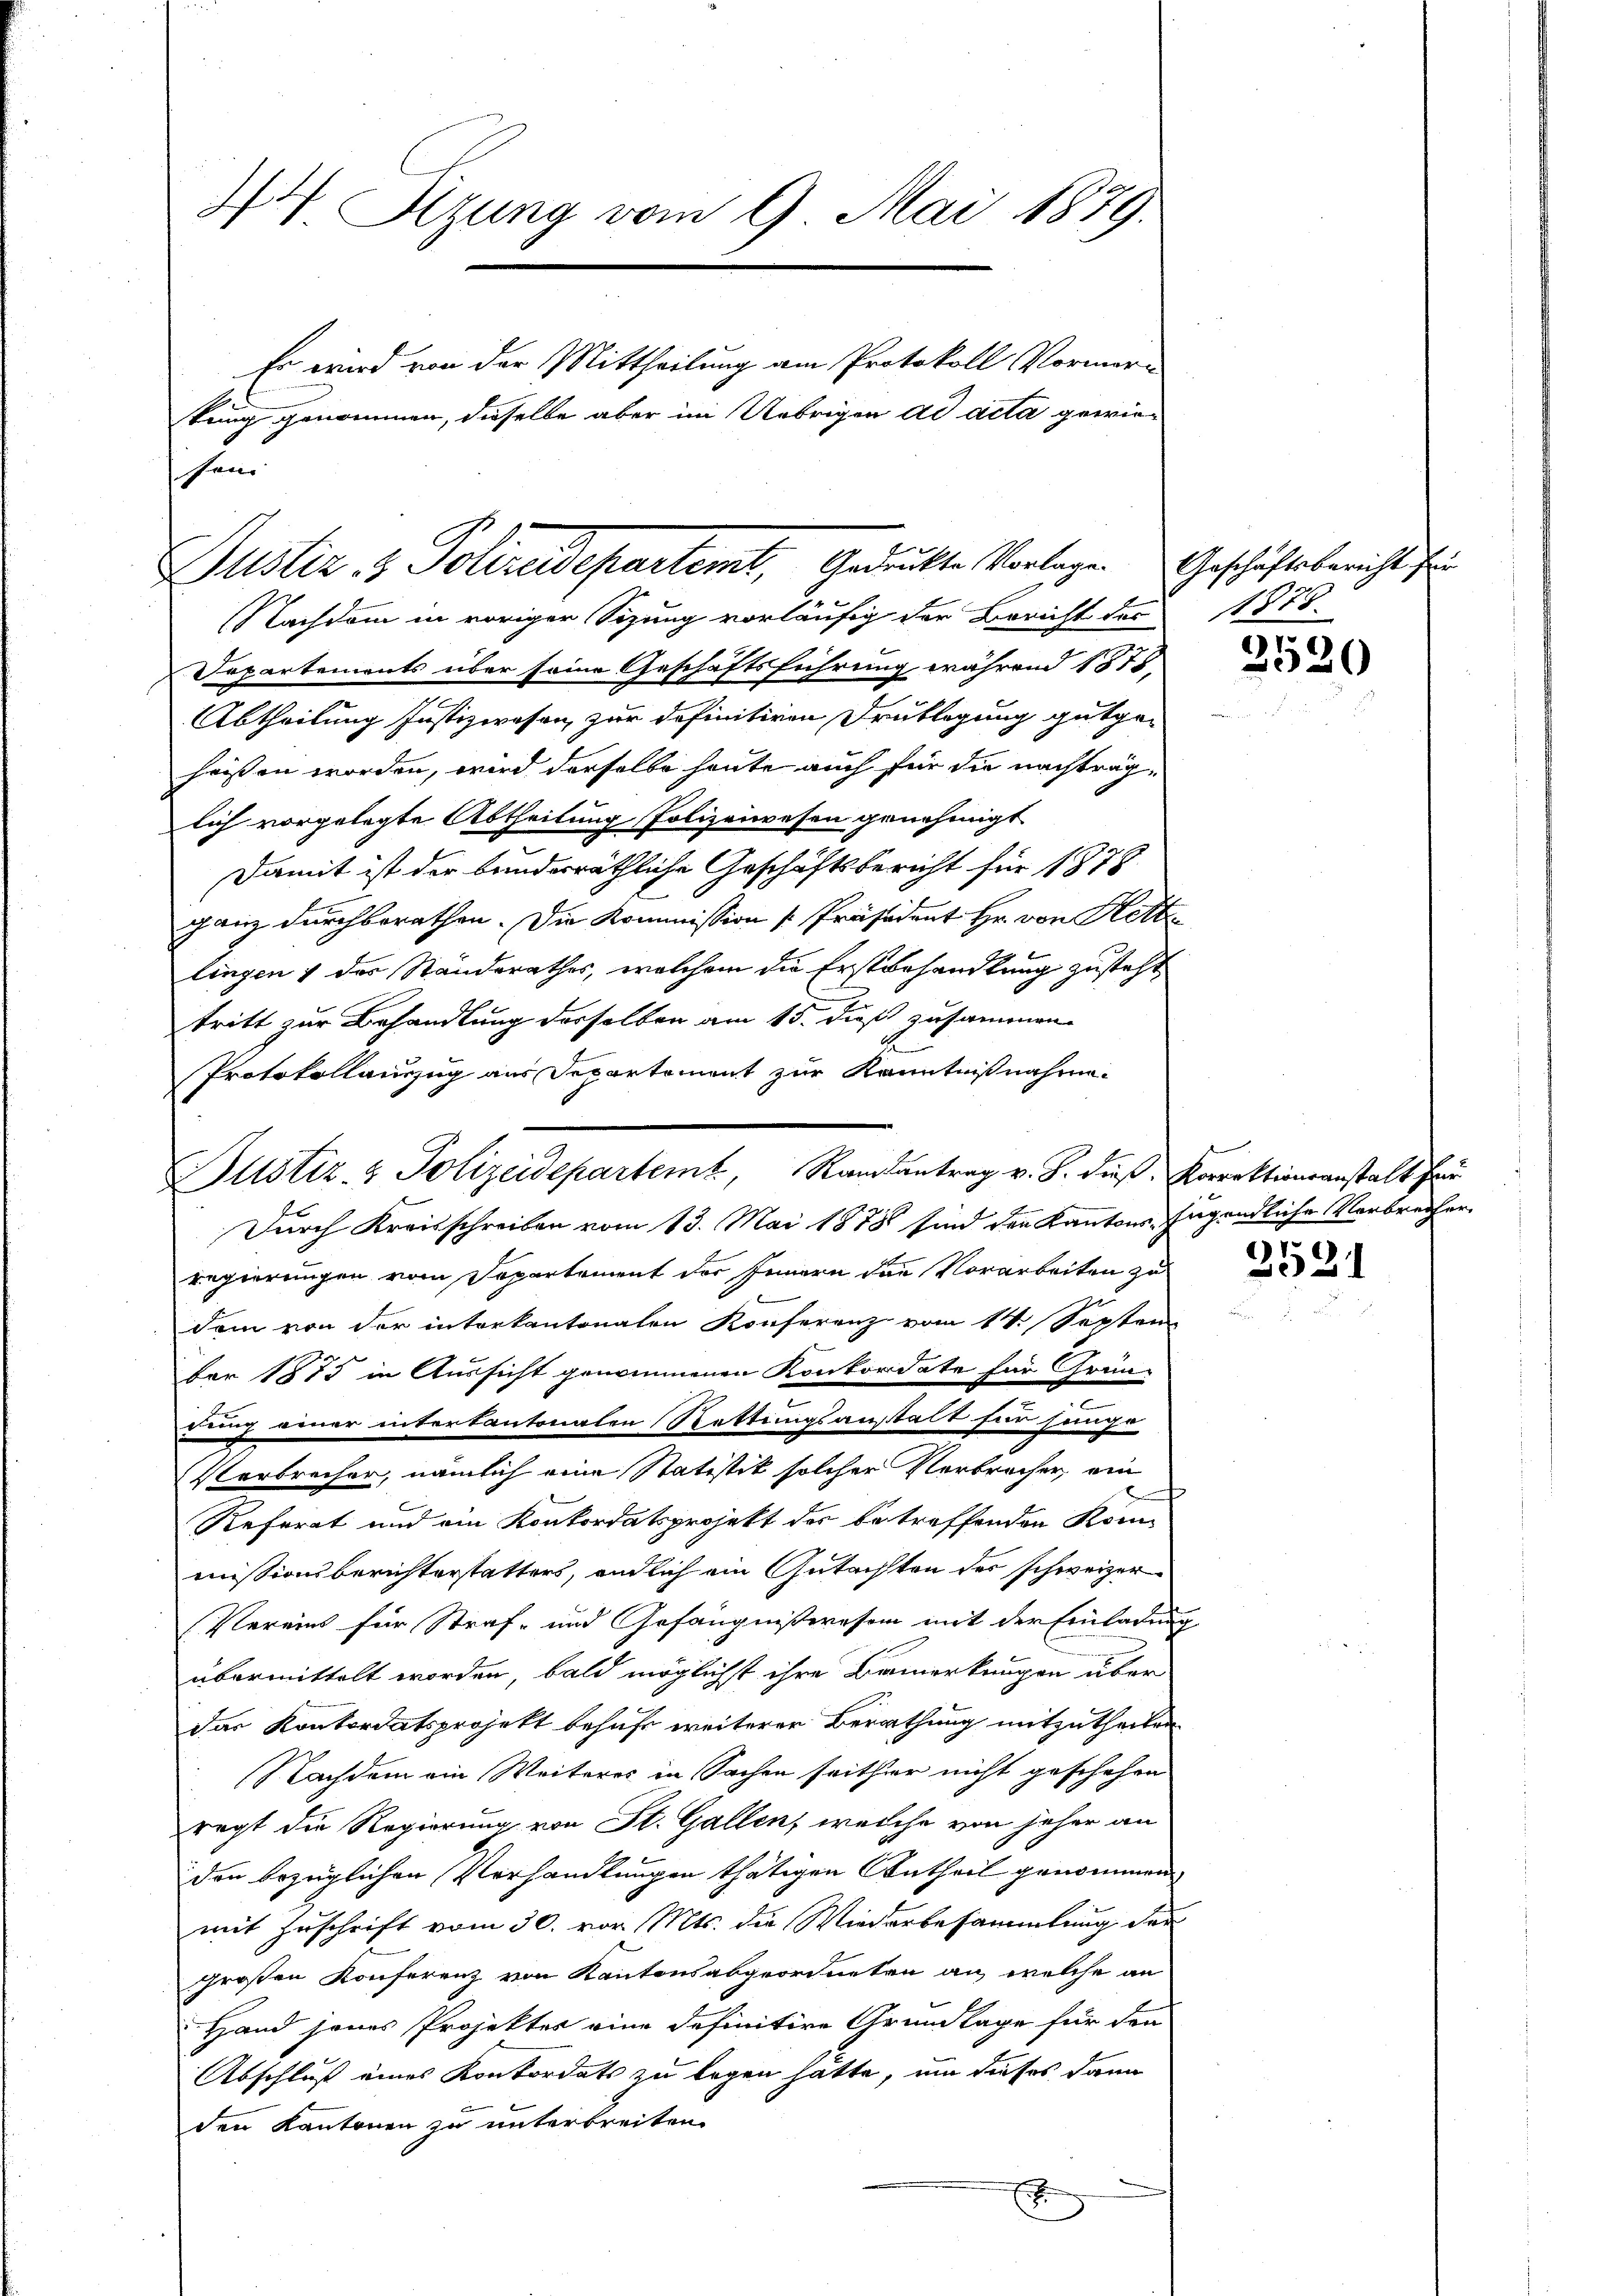
44 Sizung vom 9. Mai 1879.
Es wird von der Mittheilung am Protokoll Vormerkung genommen, dieselbe aber im Uebrigen ad acta gewie¬

soni
Justiz & Polizeidepartemt, Gedruckte Vorlagen Geschäftsbericht sei

NNachdem in voriger Sizung vorläufig der Bericht der 1878
Departemonts über seine Geschäftsführung während 1875
Abtheilung Justizwesen zur definitiven Druklegung gutgehaisen worden, wird derselbe heute auch für die nachträglich vorgelegte Abtheilung Polizeiwesen genehmigt
Damit ist der brinderäthliche Geschäftsbericht für 1878
ganz durchberathen. Die Kommission [Präsident Hr. von Hett
lingen & der Standerathes, welchem die Erstbehandlung zusteht
tritt zur Behandlung derselben am 15. daß zusammen-
Protokollauszug aus Separtement zur Kenntnißnahme
Durch Kreisschreiben vom 13. Mai 1878 sind der Kantons Jugendliche Verbrecher
regierungen vom Separtement der Innern den Vorarbeiten zu
dem von der interkantonalen Konferenz vom 14. Septem
ber 1875 in Aussicht genommenen Konkordate für Grün-
|

dung einer interkantonalen Rettungsanstalt für singe
Verbrecher, nämlich eine Statistik solcher Verbrecher, ein
Referat und ein Konkordatsprojekt der betreffenden Kon-
missionsberichterstatters, endlich ein Gutachten der schweizer¬
Vereins für Straf- und Gefängnißeresen mit der Einladung
übermittelt worden, bald möglichst ihre Bemerkungen über
das Kontordatsprojekt behufs weiterer Berathung mitzutheilen.
Nachdem ein Weiteres in Sachen seither nicht geschehen
regt die Regierung von St. Gallen, welche von jeher an
den bezüglichen Verhandlungen thätigen Antheil genommen
mit Zuschrift vom 30. vor. Mts. die Wiederbesammlung der
großen Konferenz von Kantonsabgeordneten an, welche an
Hand jenes Projektes eine definitive Grundlage für den
Abschluß eines Konkordats zu legen hätte, um dieses dann
den Kantonen zu unterbreiten.

Bustiz- & Polizeidepartemt, Ramantrag v. J. dieß Korrektionsanstalt für

x

2520

2521